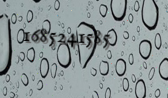
1685241585